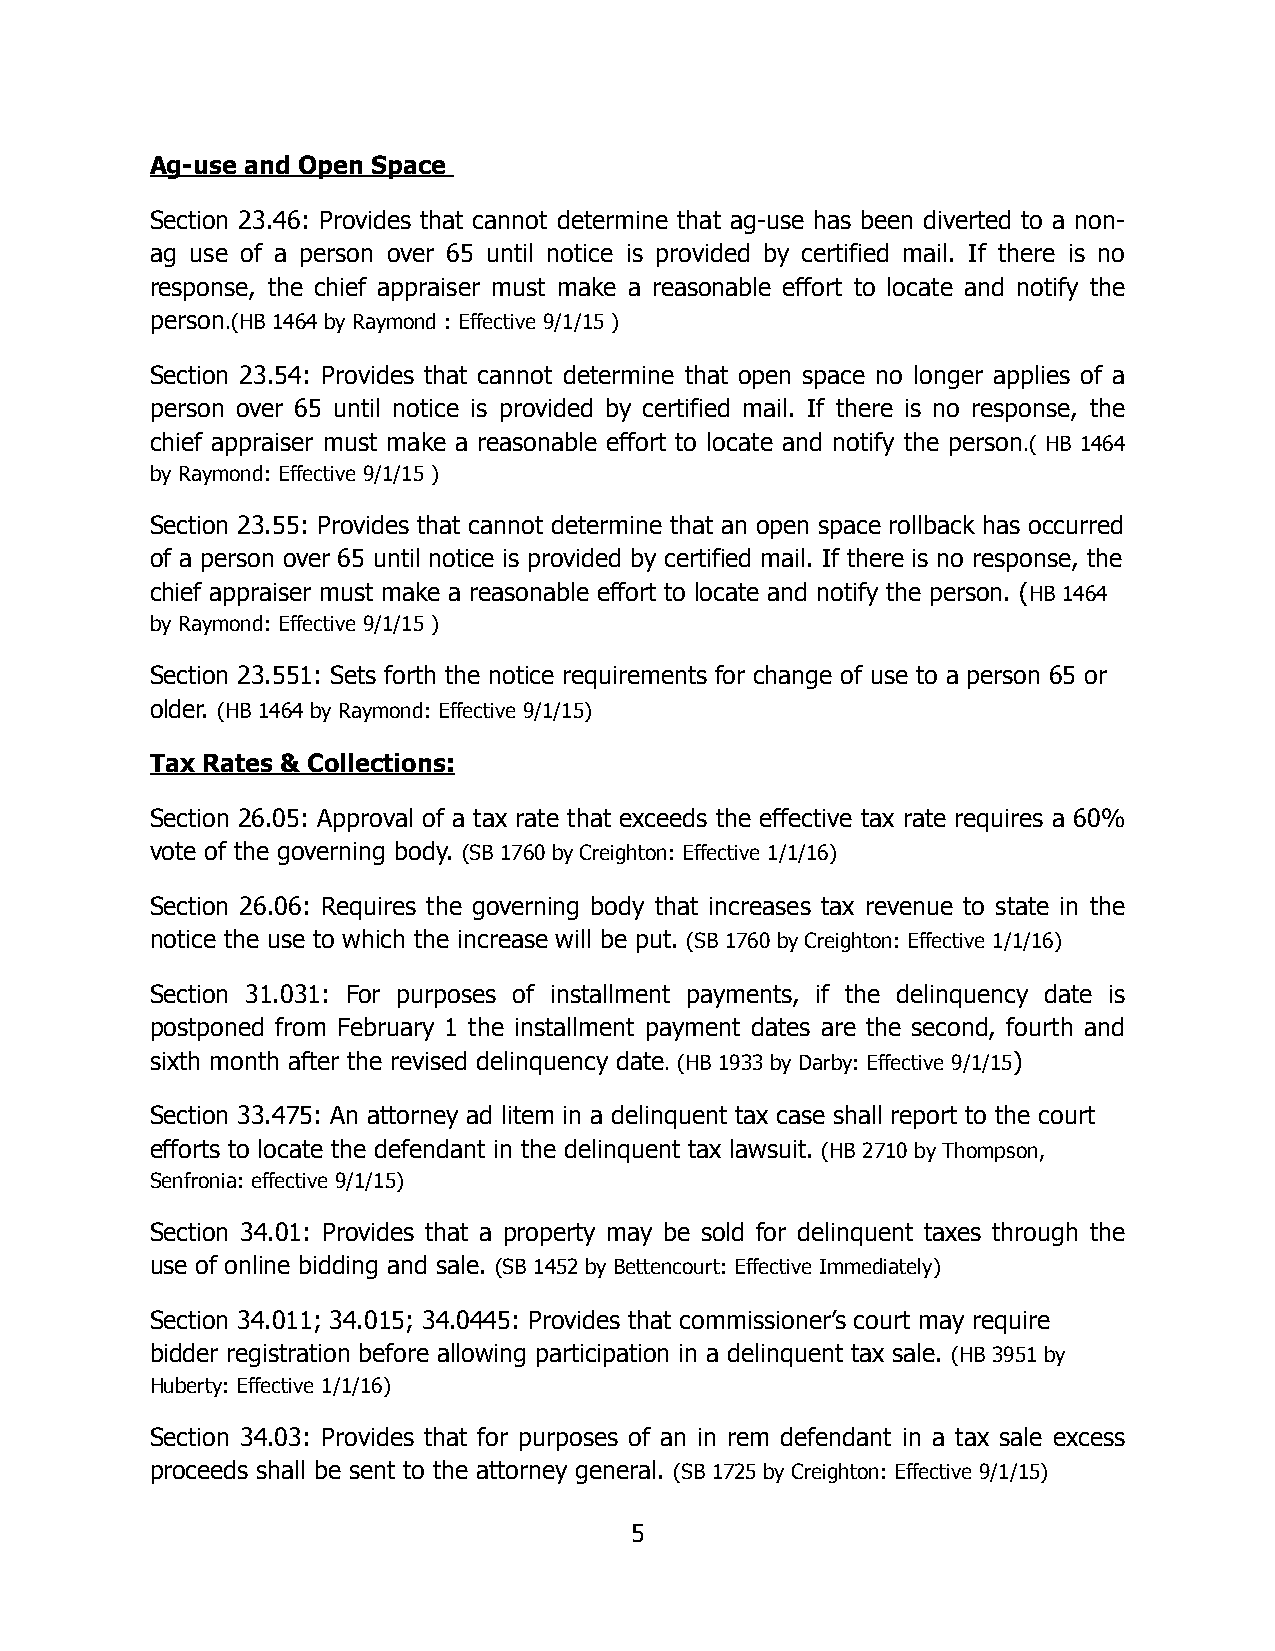
Ag-use and Open Space
 Section 23.46: Provides that cannot determine that ag-use has been diverted to a non-
 ag use of a person over 65 until notice is provided by certified mail. If there is no
 response, the chief appraiser must make a reasonable effort to locate and notify the
 person.(HB 1464 by Raymond : Effective 9/1/15 )
 Section 23.54: Provides that cannot determine that open space no longer applies of a
 person over 65 until notice is provided by certified mail. If there is no response, the
 chief appraiser must make a reasonable effort to locate and notify the person.( HB 1464
 by Raymond: Effective 9/1/15 )
 Section 23.55: Provides that cannot determine that an open space rollback has occurred
 of a person over 65 until notice is provided by certified mail. If there is no response, the
 chief appraiser must make a reasonable effort to locate and notify the person. (HB 1464
 by Raymond: Effective 9/1/15 )
 Section 23.551: Sets forth the notice requirements for change of use to a person 65 or
 older. (HB 1464 by Raymond: Effective 9/1/15)
 Tax Rates & Collections:
 Section 26.05: Approval of a tax rate that exceeds the effective tax rate requires a 60%
 vote of the governing body. (SB 1760 by Creighton: Effective 1/1/16)
 Section 26.06: Requires the governing body that increases tax revenue to state in the
 notice the use to which the increase will be put. (SB 1760 by Creighton: Effective 1/1/16)
 Section 31.031: For purposes of installment payments, if the delinquency date is
 postponed from February 1 the installment payment dates are the second, fourth and
 sixth month after the revised delinquency date. (HB 1933 by Darby: Effective 9/1/15)
 Section 33.475: An attorney ad litem in a delinquent tax case shall report to the court
 efforts to locate the defendant in the delinquent tax lawsuit. (HB 2710 by Thompson,
 Senfronia: effective 9/1/15)
 Section 34.01: Provides that a property may be sold for delinquent taxes through the
 use of online bidding and sale. (SB 1452 by Bettencourt: Effective Immediately)
 Section 34.011; 34.015; 34.0445: Provides that commissioner’s court may require
 bidder registration before allowing participation in a delinquent tax sale. (HB 3951 by
 Huberty: Effective 1/1/16)
 Section 34.03: Provides that for purposes of an in rem defendant in a tax sale excess
 proceeds shall be sent to the attorney general. (SB 1725 by Creighton: Effective 9/1/15)
 !5